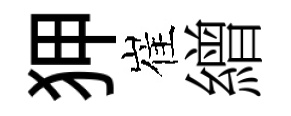
狎崔繒